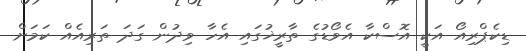
ޑިކެޕްރިއޯ އަކީ އޮސްކާ އެވޯޑުގެ ތާރީޚުގައި އެހާ ވިދުން ގަދަ ތަރިއެއް ކަމަށް